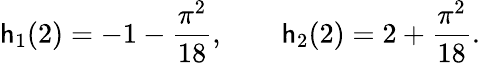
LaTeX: \mathsf{h}_{1}(2)=-1-{\frac{{\pi^{2}}}{{18}}},\qquad\mathsf{h}_{2}(2)=2+{\frac{{\pi^{2}}}{{18}}}.